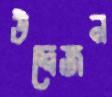
উদ্বেজন